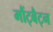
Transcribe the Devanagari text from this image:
मौंट्बैट्न